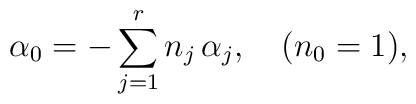
\alpha_0=-\sum_{j=1}^r n_j\,\alpha_j,\quad (n_0=1),